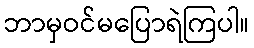
ဘာမှဝင်မပြောရဲကြပါ။